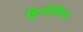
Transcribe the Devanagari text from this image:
हिन्देसिया